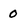
Character: 0